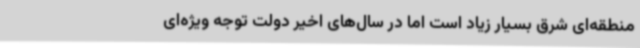
منطقه‌ای شرق بسیار زیاد است اما در سال‌های اخیر دولت توجه ویژه‌ای